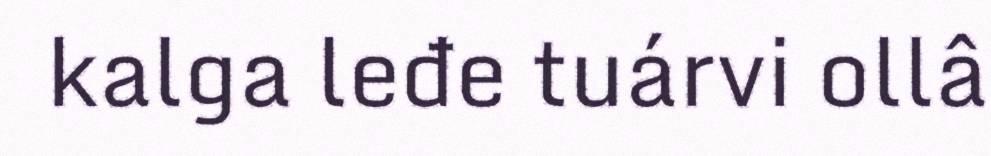
kalga leđe tuárvi ollâ